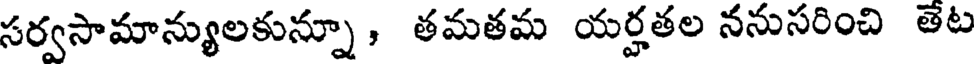
సర్వసామాన్యులకున్నూ , తమతమ యర్హతల ననుసరించి తేట